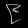
Digit: ၉